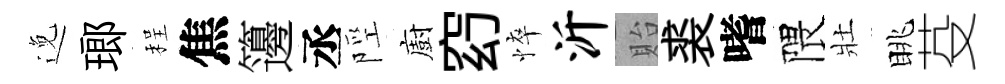
𨓜瑯程焦籩丞陘廚𥥆悴沂貽裘嗜隈壯眺芟